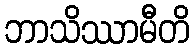
ဘာသိဿာမီတိ